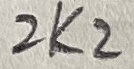
Text: 2K2